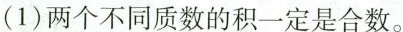
(1)两个不同质数的积一定是合数。